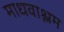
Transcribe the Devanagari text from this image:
माधवाश्लम